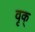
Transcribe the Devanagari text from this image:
वृक्